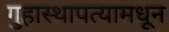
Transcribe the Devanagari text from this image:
गुहास्थापत्यामधून